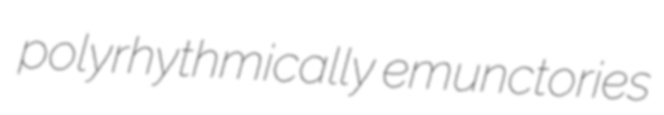
polyrhythmically emunctories